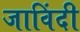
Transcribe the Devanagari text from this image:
जाविंदी